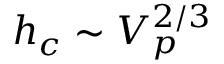
h _ { c } \sim V _ { p } ^ { 2 / 3 }